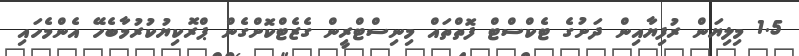
1.5 މިލިޔަން ރުފިޔާއިން ދަށުގެ ޓެކްސްޓް ފޮތްތައް މިނިސްޓްރީން ގެޒެޓްކޮށްގެން ޕްރޮކިޔުކުރުމާބެހޭ އެންމެހައި